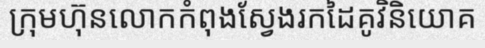
ក្រុមហ៊ុនលោកកំពុងស្វែងរកដៃគូវិនិយោគ